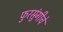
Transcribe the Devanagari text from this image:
फुरसुंगीचे